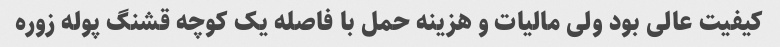
کیفیت عالی بود ولی مالیات و هزینه حمل با فاصله یک کوچه قشنگ پوله زوره